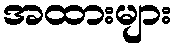
အထားများ